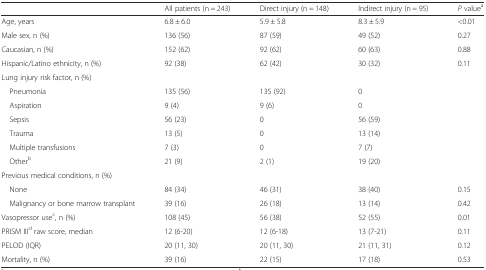
|  | All patients (n = 243) | Direct injury (n = 148) | Indirect injury (n = 95) | P valuea |
 | --- | --- | --- | --- | --- |
 | Age, years | 6.8 ± 6.0 | 5.9 ± 5.8 | 8.3 ± 5.9 | <0.01 |
 | Male sex, n (%) | 136 (56) | 87 (59) | 49 (52) | 0.27 |
 | Caucasian, n (%) | 152 (62) | 92 (62) | 60 (63) | 0.88 |
 | Hispanic/Latino ethnicity, n (%) | 92 (38) | 62 (42) | 30 (32) | 0.11 |
 | <COLSPAN=5> Lung injury risk factor, n (%) |
 | Pneumonia | 135 (56) | 135 (92) | 0 |  |
 | Aspiration | 9 (4) | 9 (6) | 0 |  |
 | Sepsis | 56 (23) | 0 | 56 (59) |  |
 | Trauma | 13 (5) | 0 | 13 (14) |  |
 | Multiple transfusions | 7 (3) | 0 | 7 (7) |  |
 | Otherb | 21 (9) | 2 (1) | 19 (20) |  |
 | <COLSPAN=5> Previous medical conditions, n (%) |
 | None | 84 (34) | 46 (31) | 38 (40) | 0.15 |
 | Malignancy or bone marrow transplant | 39 (16) | 26 (18) | 13 (14) | 0.42 |
 | Vasopressor usec, n (%) | 108 (45) | 56 (38) | 52 (55) | 0.01 |
 | PRISM IIId raw score, median | 12 (6-20) | 12 (6-18) | 13 (7-21) | 0.11 |
 | PELOD (IQR) | 20 (11, 30) | 20 (11, 30) | 21 (11, 31) | 0.12 |
 | Mortality, n (%) | 39 (16) | 22 (15) | 17 (18) | 0.53 |